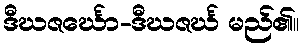
ဒီဃဇင်္ဃော-ဒီဃဇင်္ဃ မည်၏။